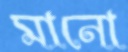
মানো